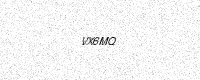
Text: VX6MQ